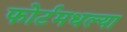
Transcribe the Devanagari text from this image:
फोर्टमधल्या